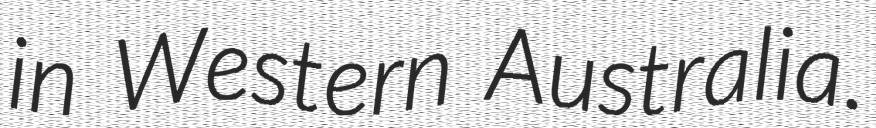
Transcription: in Western Australia.